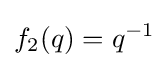
f_{2}(q)=q^{-1}